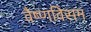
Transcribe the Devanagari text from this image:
वैष्णविसम